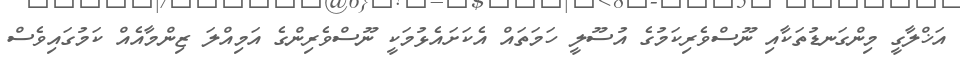
އަޚްލާގީ މިންގަނޑުތަކާއި ނޫސްވެރިކަމުގެ އުސޫލީ ހަމަތައް އެކަށައެޅުމަކީ ނޫސްވެރިންގެ އަމިއްލަ ޒިންމާއެއް ކަމުގައިވެސް